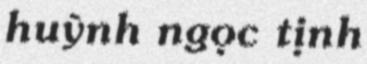
huỳnh ngọc tịnh